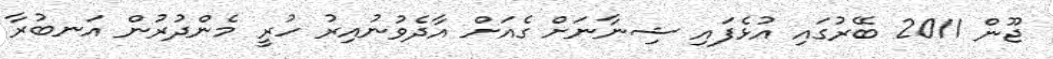
ޖޫން 2011 ބޭރުގައި އުޅެފައި ޝިނާނަށް ގެއަށް އާދެވުނުއިރު ހުރީ މެންދުރުން އަނބުރާ